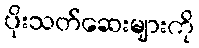
ပိုးသတ်ဆေးများကို